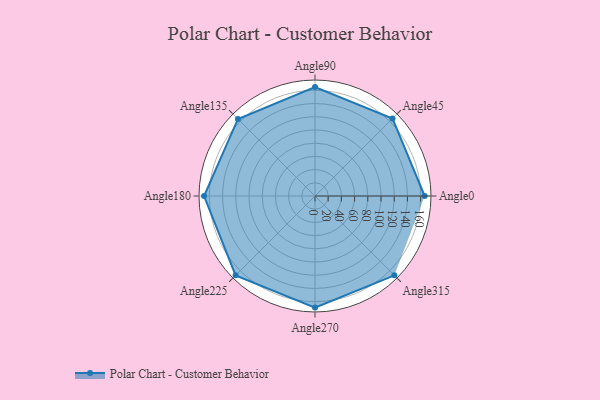
{"axis": {"x": "Angle", "y": "Radius"}, "legend": [""], "data": [{"x": "Angle0", "y": 166.0, "type": ""}, {"x": "Angle45", "y": 166.0, "type": ""}, {"x": "Angle90", "y": 165.0, "type": ""}, {"x": "Angle135", "y": 165.0, "type": ""}, {"x": "Angle180", "y": 168.0, "type": ""}, {"x": "Angle225", "y": 170, "type": ""}, {"x": "Angle270", "y": 169.0, "type": ""}, {"x": "Angle315", "y": 170, "type": ""}]}